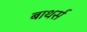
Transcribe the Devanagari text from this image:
बाथर्स